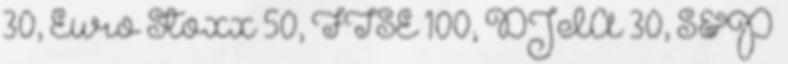
30, Euro Stoxx 50, FTSE 100, DJIA 30, S&P